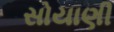
સોયાણી